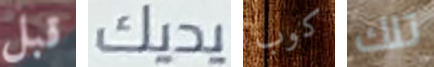
قبل يديك كوب تلك